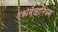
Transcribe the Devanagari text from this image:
एक्रोमेलानिज्म